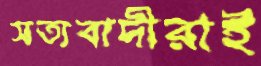
সত্যবাদীরাই